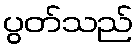
ပွတ်သည်